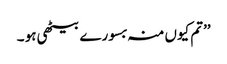
’’تم کیوں منہ بسورے بیٹھی ہو ۔